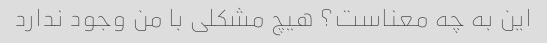
این به چه معناست؟ هیچ مشکلی با من وجود ندارد